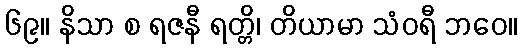
၆၉။ နိသာ စ ရဇနီ ရတ္တိ၊ တိယာမာ သံဝရီ ဘဝေ။